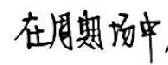
在周期场中